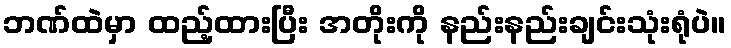
ဘဏ်ထဲမှာ ထည့်ထားပြီး အတိုးကို နည်းနည်းချင်းသုံးရုံပဲ။